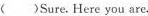
（ )Sure.Here you are.